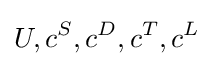
U,c^{S},c^{D},c^{T},c^{L}